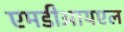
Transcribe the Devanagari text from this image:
एमडीआयएल